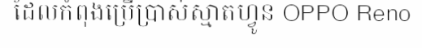
ដែលកំពុងប្រើប្រាស់ស្មាតហ្វូន OPPO Reno